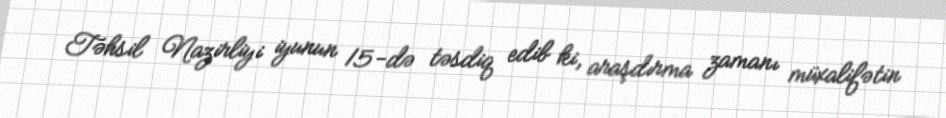
Təhsil Nazirliyi iyunun 15-də təsdiq edib ki, araşdırma zamanı müxalifətin